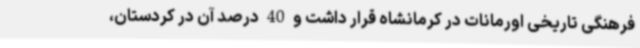
فرهنگی تاریخی اورمانات در کرمانشاه قرار داشت و 40 درصد آن در کردستان،